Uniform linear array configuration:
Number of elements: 12
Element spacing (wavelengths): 0.75
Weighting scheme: hann
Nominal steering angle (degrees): -45
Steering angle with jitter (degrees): -46.691
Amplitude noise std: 0.05
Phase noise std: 0.05

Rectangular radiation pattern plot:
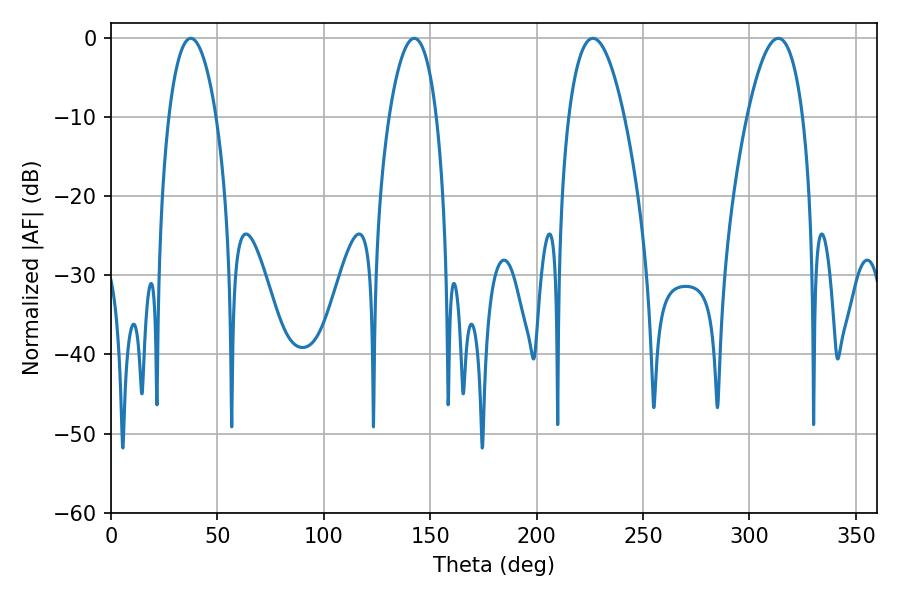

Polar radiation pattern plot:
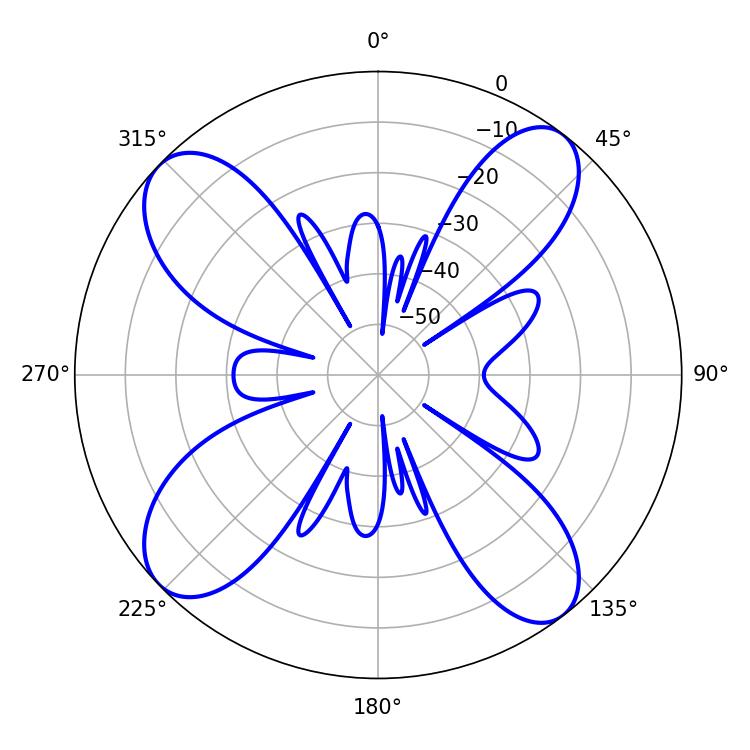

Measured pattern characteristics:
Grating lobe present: TRUE
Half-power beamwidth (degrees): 14.4
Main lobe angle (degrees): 226.44